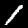
Label: 1